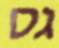
גס